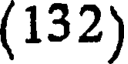
(132)